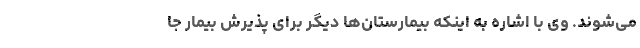
می‌شوند. وی با اشاره به اینکه بیمارستان‌ها دیگر برای پذیرش بیمار جا